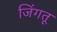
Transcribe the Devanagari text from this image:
जिंगतू